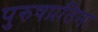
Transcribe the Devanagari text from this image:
पुरुषप्रतिमा